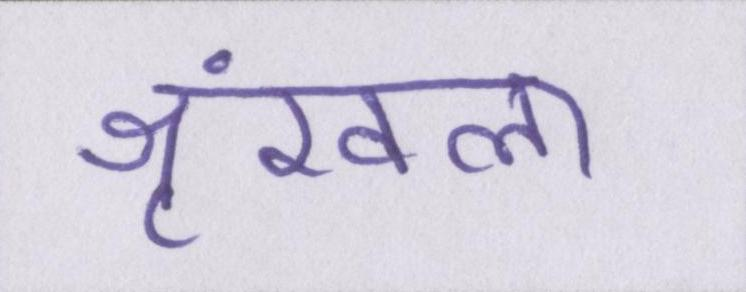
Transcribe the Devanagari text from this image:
श्रृंखला